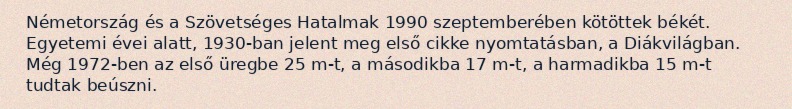
Németország és a Szövetséges Hatalmak 1990 szeptemberében kötöttek békét. Egyetemi évei alatt, 1930-ban jelent meg első cikke nyomtatásban, a Diákvilágban. Még 1972-ben az első üregbe 25 m-t, a másodikba 17 m-t, a harmadikba 15 m-t tudtak beúszni.